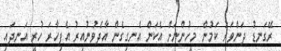
ރޭގަނޑު ދަންވަރު ކަމުން މީހުންނަށް އެކަން އެނގިގެން އާދެވުނުއިރު އެފިހާރަ ހުރީ އަނދައި